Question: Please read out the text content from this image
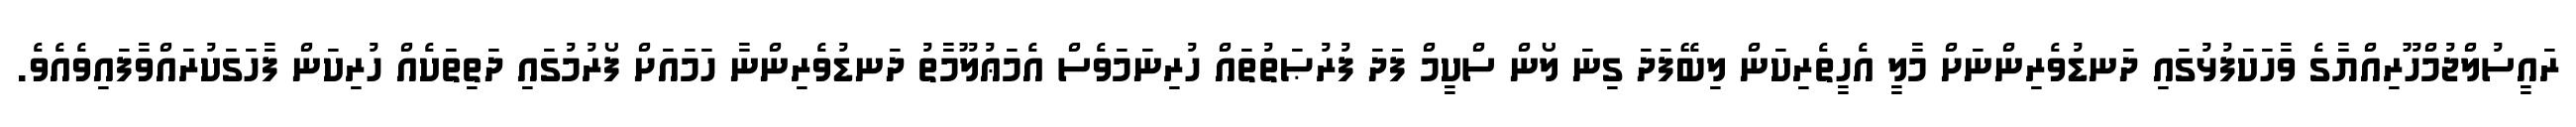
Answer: ރައީސުލްޖުމްހޫރިއްޔާގެ ވާހަކަފުޅުގައި ދަނޑުވެރިންނަށް މާލީ އެހީތެރިކަން ލިބޭފަދަ ގިނަ ލޯން ސްކީމް ފަަދަ ފުރުޞަތުތައް ހުރިނަމަވެސް އެމަޢުލޫމާތު ދަނޑުވެރިންނާ ހަމައަށް ފޯރުމުގައި ދަތިތަކެއް ހުރިކަން ފާހަގަކުރައްވާފައިވެއެވެ.